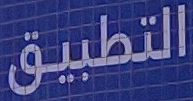
التطبيق